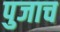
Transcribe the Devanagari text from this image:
पुजाच